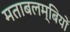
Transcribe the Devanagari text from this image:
मताबलम्बियों